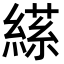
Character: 𦃝